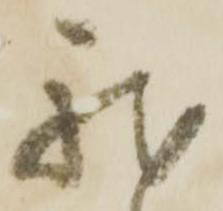
我